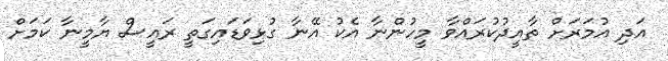
އަދި އުމަރަށް ތާއީދުކުރައްވާ މީހުންނާ އެކު އޭނާ ގުޅިވަޑައިގަތީ ރައީސް ޔާމީނާ ކަމަށް